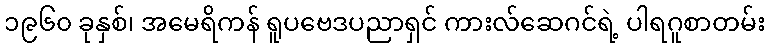
၁၉၆၀ ခုနှစ်၊ အမေရိကန် ရူပဗေဒပညာရှင် ကားလ်ဆေဂင်ရဲ့ ပါရဂူစာတမ်း